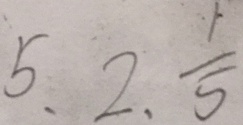
5 , 2 , \frac { 1 } { 5 }